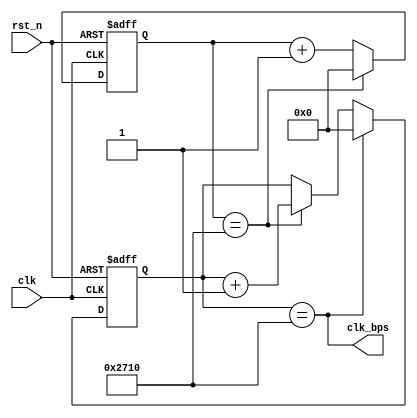
module counter(
input clk,
input rst_n,
output clk_bps
    );
    reg [13:0] cnt_first,cnt_second;
    always@(posedge clk, negedge rst_n)
    if(!rst_n)
    cnt_first <= 14'd0;
    else if(cnt_first == 14'd10000)
    cnt_first <= 14'd0;
    else
    cnt_first <= cnt_first + 1'b1;
    
    always@(posedge clk, negedge rst_n)
        if(!rst_n)
        cnt_second <= 14'd0;
        else if(cnt_second == 14'd10000)
        cnt_second <= 14'd0;
        else if(cnt_first == 14'd10000)
             cnt_second <= cnt_second + 1'b1;
        else
        cnt_second <= cnt_second;
        
        assign clk_bps =  cnt_second == 14'd10000;
endmodule